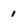
Character: 1